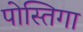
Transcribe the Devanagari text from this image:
पोस्तिगा